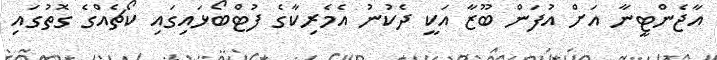
އާޖެންޓީނާ އަށް އުފަން ބޫޒާ އަކީ ދެކުނު އެމެރިކާގެ ފުޓްބޯޅައިގައި ކޯޗެއްގެ ގޮތުގައި